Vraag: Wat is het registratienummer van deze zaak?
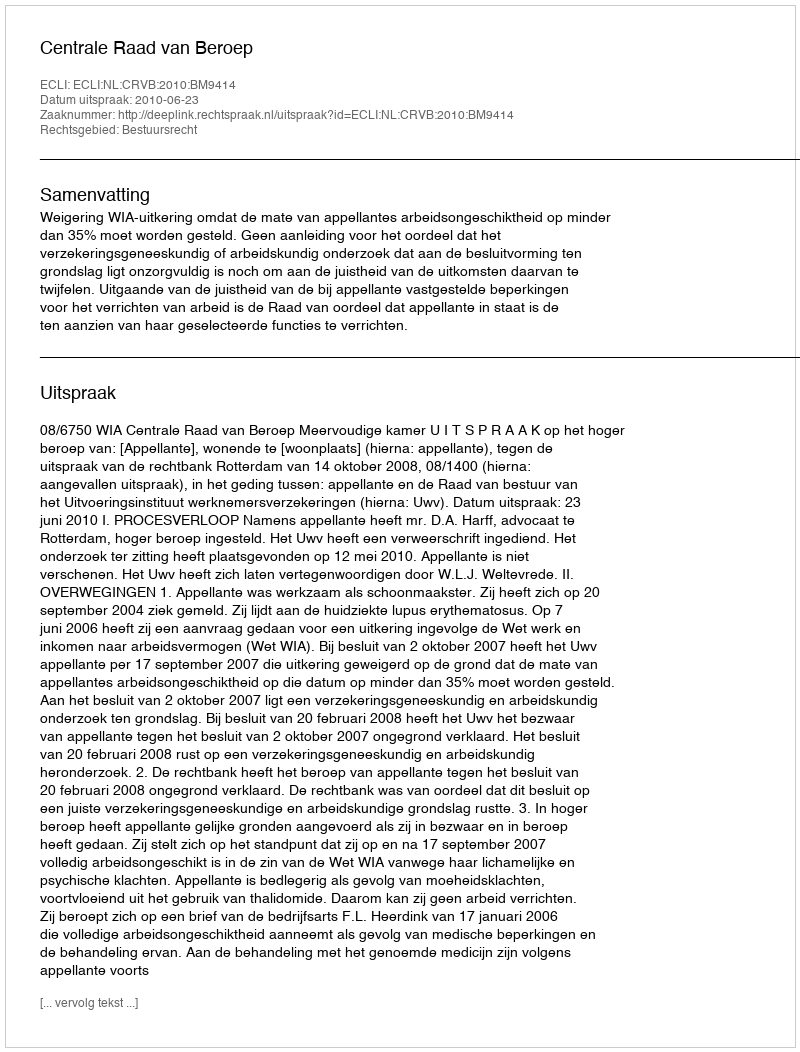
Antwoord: http://deeplink.rechtspraak.nl/uitspraak?id=ECLI:NL:CRVB:2010:BM9414